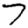
Digit: 7